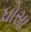
ધોસા